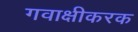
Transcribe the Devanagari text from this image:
गवाक्षीकरक